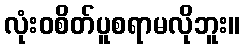
လုံးဝစိတ်ပူစရာမလိုဘူး။